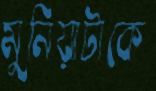
মুনিয়াটাকে